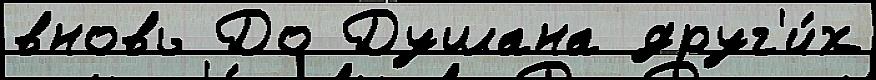
вновь До Душана друг'и́х